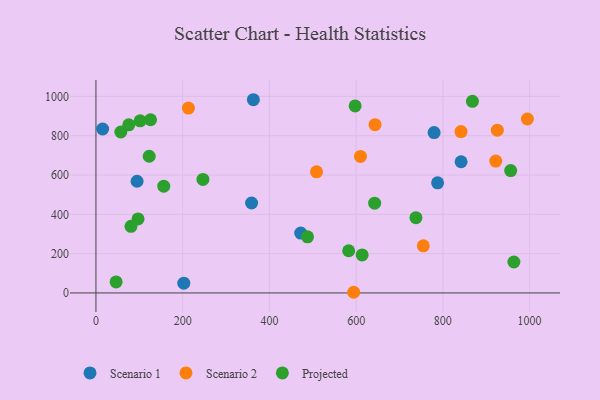
{"axis": {"x": "Speed", "y": "Rating"}, "legend": ["Projected", "Scenario 1", "Scenario 2"], "data": [{"x": "472.2", "y": 304.7, "type": "Scenario 1"}, {"x": "94.8", "y": 568.3, "type": "Scenario 1"}, {"x": "779.8", "y": 815.9, "type": "Scenario 1"}, {"x": "363.0", "y": 983.0, "type": "Scenario 1"}, {"x": "202.6", "y": 49.8, "type": "Scenario 1"}, {"x": "842.1", "y": 667.5, "type": "Scenario 1"}, {"x": "15.4", "y": 834.0, "type": "Scenario 1"}, {"x": "358.9", "y": 457.5, "type": "Scenario 1"}, {"x": "787.9", "y": 560.1, "type": "Scenario 1"}, {"x": "841.8", "y": 820.8, "type": "Scenario 2"}, {"x": "610.0", "y": 694.3, "type": "Scenario 2"}, {"x": "213.1", "y": 940.7, "type": "Scenario 2"}, {"x": "508.7", "y": 616.4, "type": "Scenario 2"}, {"x": "754.9", "y": 239.6, "type": "Scenario 2"}, {"x": "925.6", "y": 828.3, "type": "Scenario 2"}, {"x": "922.0", "y": 670.7, "type": "Scenario 2"}, {"x": "594.3", "y": 3.4, "type": "Scenario 2"}, {"x": "994.9", "y": 885.0, "type": "Scenario 2"}, {"x": "643.6", "y": 856.2, "type": "Scenario 2"}, {"x": "125.9", "y": 881.0, "type": "Projected"}, {"x": "642.7", "y": 456.8, "type": "Projected"}, {"x": "80.8", "y": 339.0, "type": "Projected"}, {"x": "46.5", "y": 55.9, "type": "Projected"}, {"x": "75.7", "y": 855.2, "type": "Projected"}, {"x": "582.8", "y": 214.7, "type": "Projected"}, {"x": "97.1", "y": 376.4, "type": "Projected"}, {"x": "156.4", "y": 543.2, "type": "Projected"}, {"x": "868.2", "y": 974.8, "type": "Projected"}, {"x": "122.8", "y": 695.5, "type": "Projected"}, {"x": "57.4", "y": 818.7, "type": "Projected"}, {"x": "597.7", "y": 951.5, "type": "Projected"}, {"x": "963.8", "y": 157.5, "type": "Projected"}, {"x": "613.9", "y": 193.4, "type": "Projected"}, {"x": "101.9", "y": 875.8, "type": "Projected"}, {"x": "487.9", "y": 285.5, "type": "Projected"}, {"x": "956.4", "y": 622.7, "type": "Projected"}, {"x": "737.9", "y": 383.0, "type": "Projected"}, {"x": "246.7", "y": 577.6, "type": "Projected"}]}